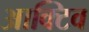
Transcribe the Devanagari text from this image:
आक्टिव